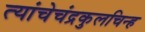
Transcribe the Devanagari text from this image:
त्यांचेचंद्रकुलचिन्ह